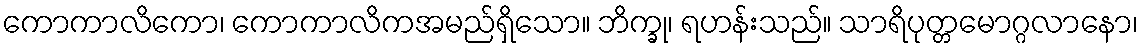
ကောကာလိကော၊ ကောကာလိကအမည်ရှိသော။ ဘိက္ခု၊ ရဟန်းသည်။ သာရိပုတ္တမောဂ္ဂလာနော၊